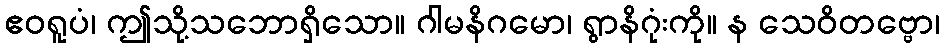
ဧဝရူပံ၊ ဤသို့သဘောရှိသော။ ဂါမနိဂမော၊ ရွာနိဂုံးကို။ န သေဝိတဗ္ဗော၊